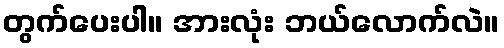
တွက်ပေးပါ။ အားလုံး ဘယ်လောက်လဲ။